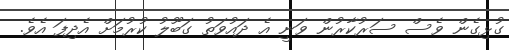
ގުޅިގެން ވެސް ސަރުކާރުން ވަނީ އެ ދައުވަތު ގަބޫލު ކުރުމަށް އެދިފަ އެވެ.